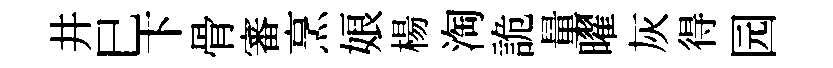
井巳卞骨審烹娘楊淘詭量曜灰得园